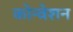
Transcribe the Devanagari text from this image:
कोन्वेशन